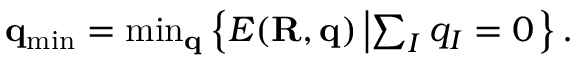
\begin{array} { r } { { \bf q } _ { \mathrm { m i n } } = \operatorname* { m i n } _ { \bf q } \left\{ E ( { \bf R , q } ) \left\vert \sum _ { I } q _ { I } = 0 \right. \right\} . } \end{array}